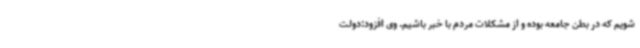
شویم که در بطن جامعه بوده و از مشکلات مردم با خبر باشیم. وی افزود:دولت